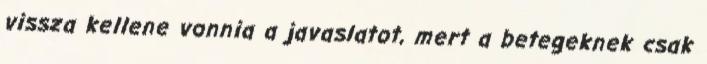
vissza kellene vonnia a javaslatot, mert a betegeknek csak